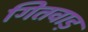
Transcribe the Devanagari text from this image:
गितवाड़